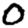
Digit: 0